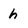
Character: h